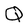
Character: Q